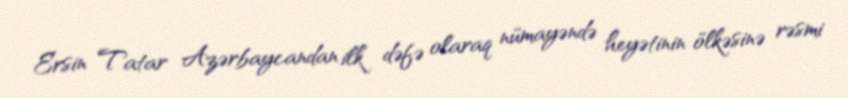
Ersin Tatar Azərbaycandan ilk dəfə olaraq nümayəndə heyətinin ölkəsinə rəsmi